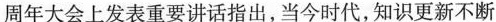
周年大会上发表重要讲话指出，当今时代，知识更新不断